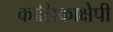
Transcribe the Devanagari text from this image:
कालिकाक्षेपी